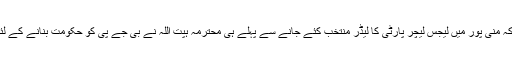
انہوں نے کہا کہ منی پور میں لیجس لیچر پارٹی کا لیڈر منتخب کئے جانے سے پہلے ہی محترمہ ہپت اللہ نے بی جے پی کو حکومت بنانے کے لئے کہہ دیا تھا۔